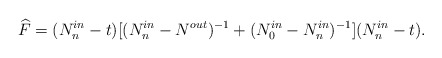
\begin{align*} \widehat{F}=(N^{in}_n-t)[(N^{in}_n - N^{out})^{-1}+(N_0^{in} - N_n ^{in})^{-1}](N^{in}_n-t).\end{align*}